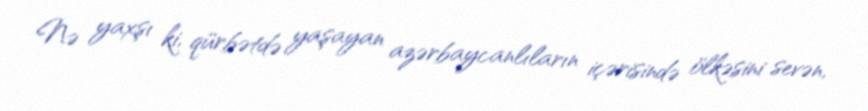
Nə yaxşı ki, qürbətdə yaşayan azərbaycanlıların içərisində ölkəsini sevən,